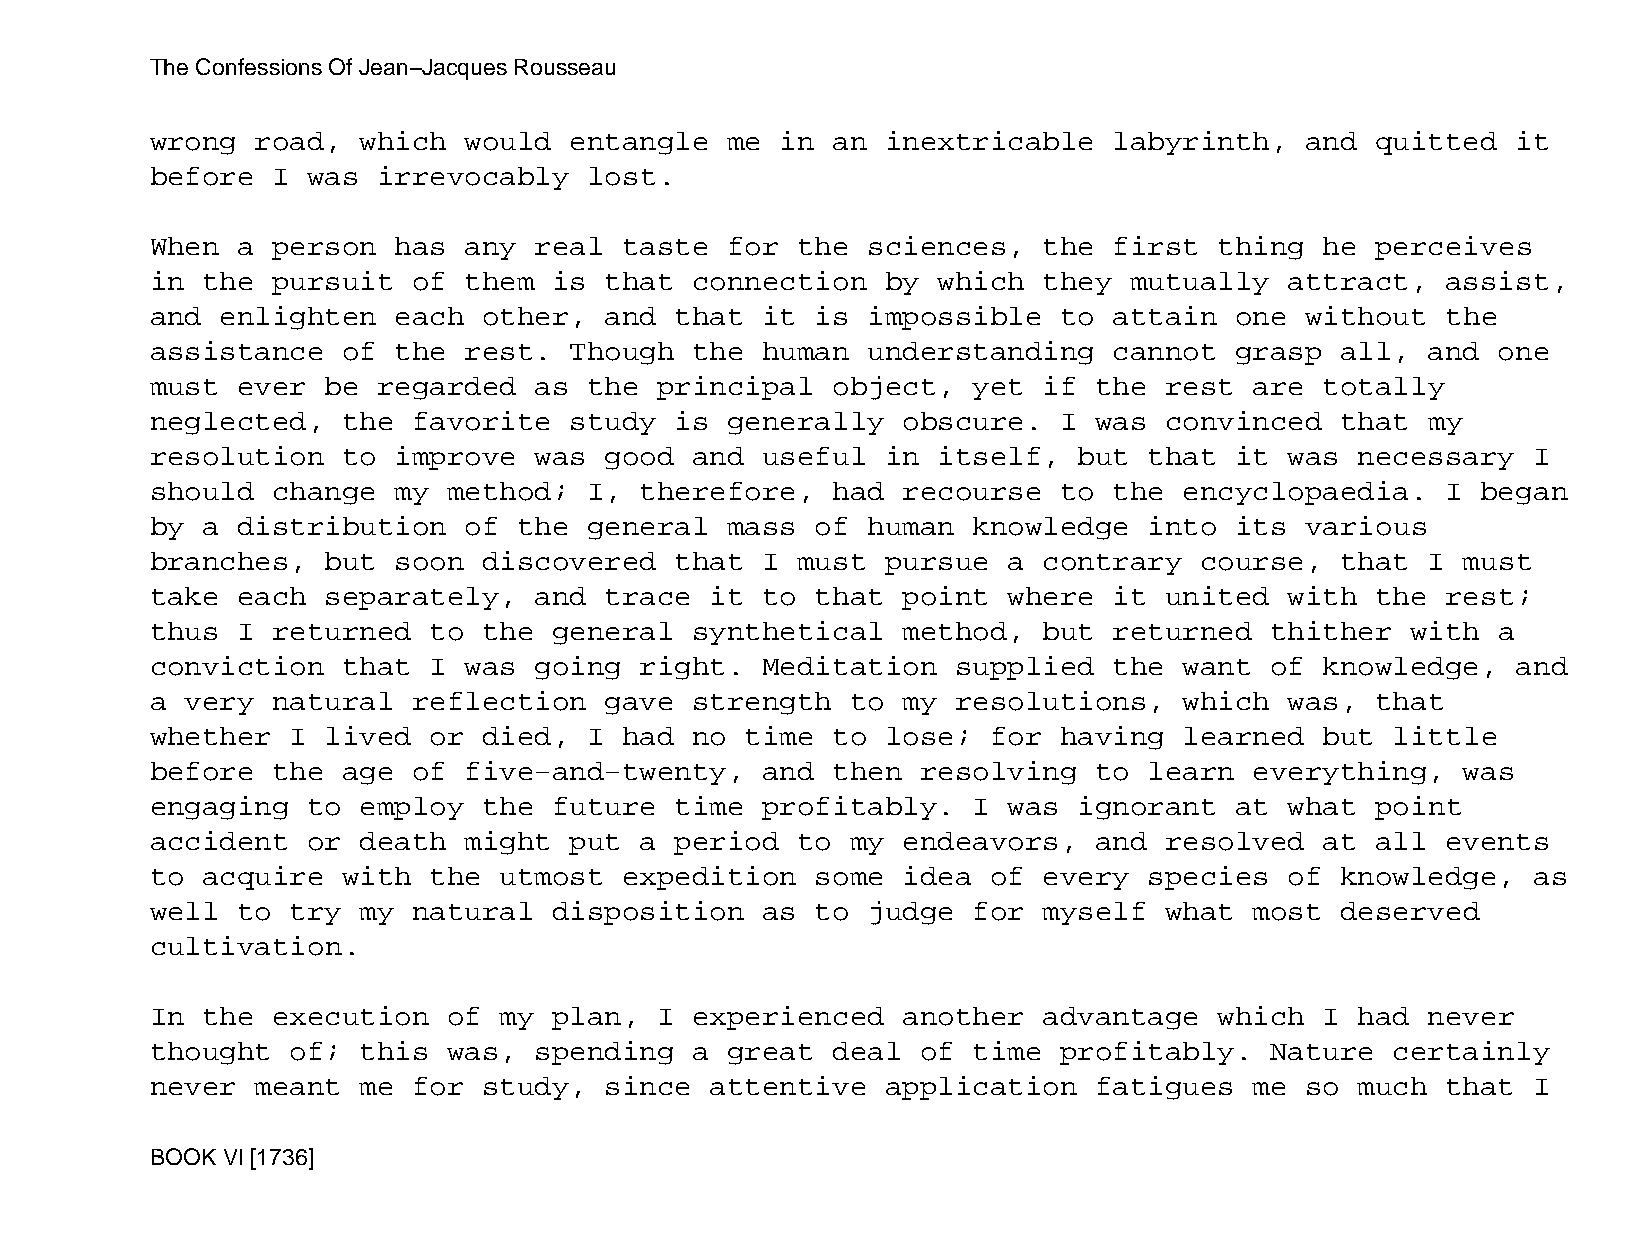
The Confessions Of Jean−Jacques Rousseau
 wrong  road,  which  would  entangle  me  in an  inextricable   labyrinth,  and  quitted  it
 before  I was  irrevocably   lost.
 When  a person  has  any real  taste  for  the sciences,   the  first  thing  he perceives
 in the  pursuit  of  them  is that  connection   by which  they  mutually  attract,   assist,
 and  enlighten  each  other,  and  that it  is impossible   to  attain  one without   the
 assistance   of the  rest.  Though  the human  understanding    cannot  grasp  all,  and one
 must  ever  be regarded  as  the  principal  object,  yet  if the  rest  are  totally
 neglected,   the favorite   study  is generally   obscure.  I was  convinced   that  my
 resolution   to improve  was  good  and useful   in itself,  but  that  it was  necessary  I
 should  change  my  method;  I, therefore,   had  recourse  to  the encyclopaedia.    I began
 by a  distribution   of the  general  mass  of human  knowledge   into  its various
 branches,   but soon  discovered   that I  must  pursue  a contrary  course,   that  I must
 take  each  separately,  and  trace  it to  that  point  where  it united  with  the  rest;
 thus  I returned  to  the  general  synthetical   method,  but  returned  thither  with  a
 conviction   that I  was going  right.  Meditation   supplied   the want  of  knowledge,  and
 a very  natural  reflection   gave  strength  to  my resolutions,   which  was,  that
 whether  I  lived or  died,  I had  no time  to  lose;  for having  learned   but little
 before  the  age of  five−and−twenty,   and  then  resolving  to  learn  everything,   was
 engaging  to  employ  the  future  time profitably.   I  was ignorant   at what  point
 accident  or  death  might  put a  period  to my  endeavors,  and  resolved   at all  events
 to acquire   with the  utmost  expedition   some  idea  of every  species  of  knowledge,  as
 well  to try  my natural   disposition  as  to judge  for  myself  what  most  deserved
 cultivation.
 In the  execution   of my  plan,  I experienced   another  advantage   which  I had  never
 thought  of;  this  was, spending   a great  deal  of time  profitably.   Nature  certainly
 never  meant  me for  study,  since  attentive   application  fatigues   me so  much  that I
 BOOK VI [1736]